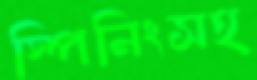
স্পিনিংসহ